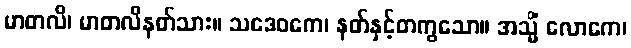
မာတလိ၊ မာတလိနတ်သား။ သဒေဝကေ၊ နတ်နှင့်တကွသော။ အသ္မိံ လောကေ၊